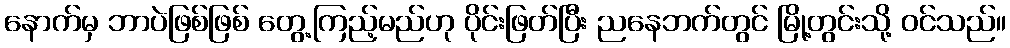
နောက်မှ ဘာပဲဖြစ်ဖြစ် တွေ့ကြည့်မည်ဟု ပိုင်းဖြတ်ပြီး ညနေဘက်တွင် မြို့တွင်းသို့ ဝင်သည်။